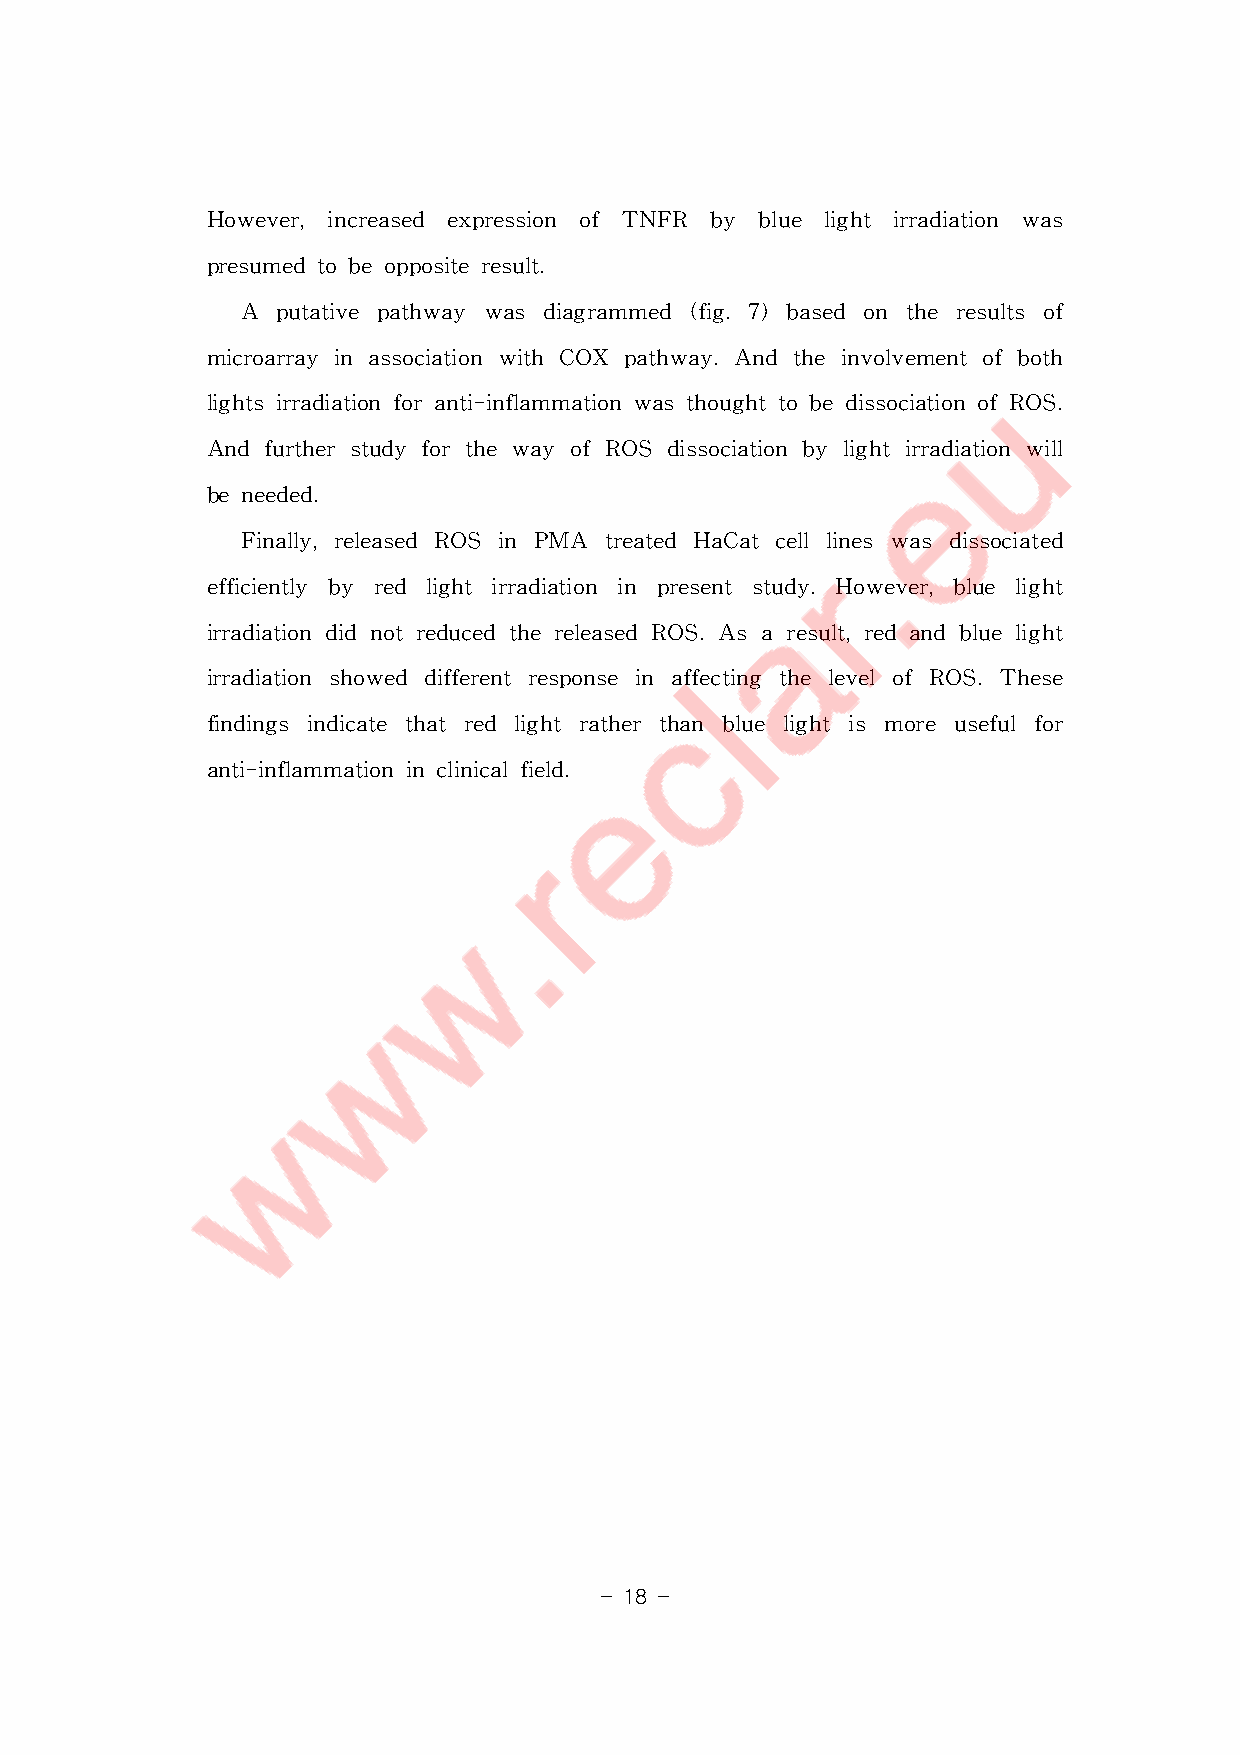
However,increased expression of TNFR by blue light irradiation was
 presumedtobeoppositeresult.
 A putativepathway wasdiagrammed (fig.7)based on theresults of
 microarrayinassociationwithCOX pathway.Andtheinvolvementofboth
 lightsirradiationforanti-inflammationwasthoughttobedissociationofROS.
 AndfurtherstudyforthewayofROS  dissociationbylightirradiationwill
 beneeded.
 Finally,released ROS in PMA treated HaCatcelllineswasdissociated
 efficiently by red lightirradiation in presentstudy.However,blue light
 irradiationdidnotreducedthereleasedROS.Asaresult,redandbluelight
 irradiation showed differentresponsein affecting thelevelofROS.These
 findings indicate thatred lightratherthan blue lightis more usefulfor
 anti-inflammationinclinicalfield.
 - 18 -